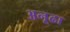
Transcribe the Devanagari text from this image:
अनूढा